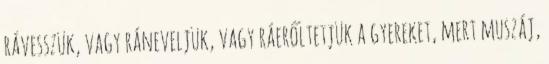
rávesszük, vagy ráneveljük, vagy ráerőltetjük a gyereket, mert muszáj,